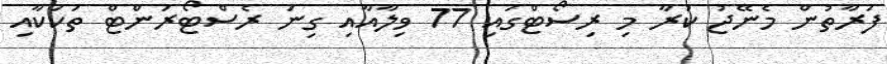
ފަރާތުން މެނޭޖު ކުރާ މި ރިސޯޓްގައި 77 ވިލާއާއި ގިނަ ރެސްޓޯރަންޓް ތަކަކާއި